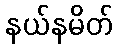
နယ်နမိတ်